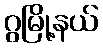
ဂွမြို့နယ်